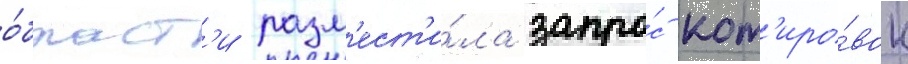
о́бласт'и разм'ест'и́ла запро́с кот'иро́вок